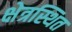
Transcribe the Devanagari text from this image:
क्षेत्रस्थित